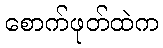
စောက်ဖုတ်ထဲက